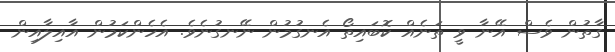
ގާތުން ވެސް އޭނާ ވީ ތަނެއް ކޮބައިތޯ އެނގުމުން ނޭނގުނެވެ. އެހެންކަމުން އާއިލާއިން